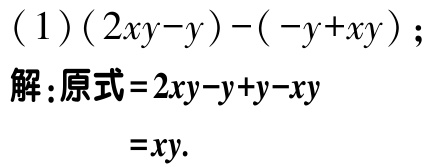
\((1)(2xy - y)-(-y + xy)\)；
解：原式\(=2xy - y + y - xy\)
\(=xy\).